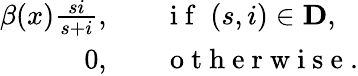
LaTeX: \begin{array}{rl}{\beta(x){\frac{si}{s+i}},\quad}&{{}\mathrm{~i~f~}\; (s,i)\in\mathbf{D},}\\ {0,\quad}&{{}\mathrm{~o~t~h~e~r~w~i~s~e~}.}\end{array}